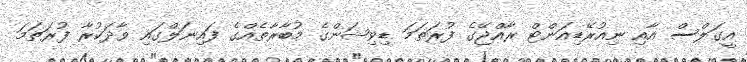
އީގަލްސް އާއި ނިއުރޭޑިއަންޓް ރާއްޖޭގެ ފުރަތަމަ ޑިވިޝަންގެ މުބާރާތެއްގެ ފައިނަލްގައި ވާދަކުރާ ފުރަތަމަ